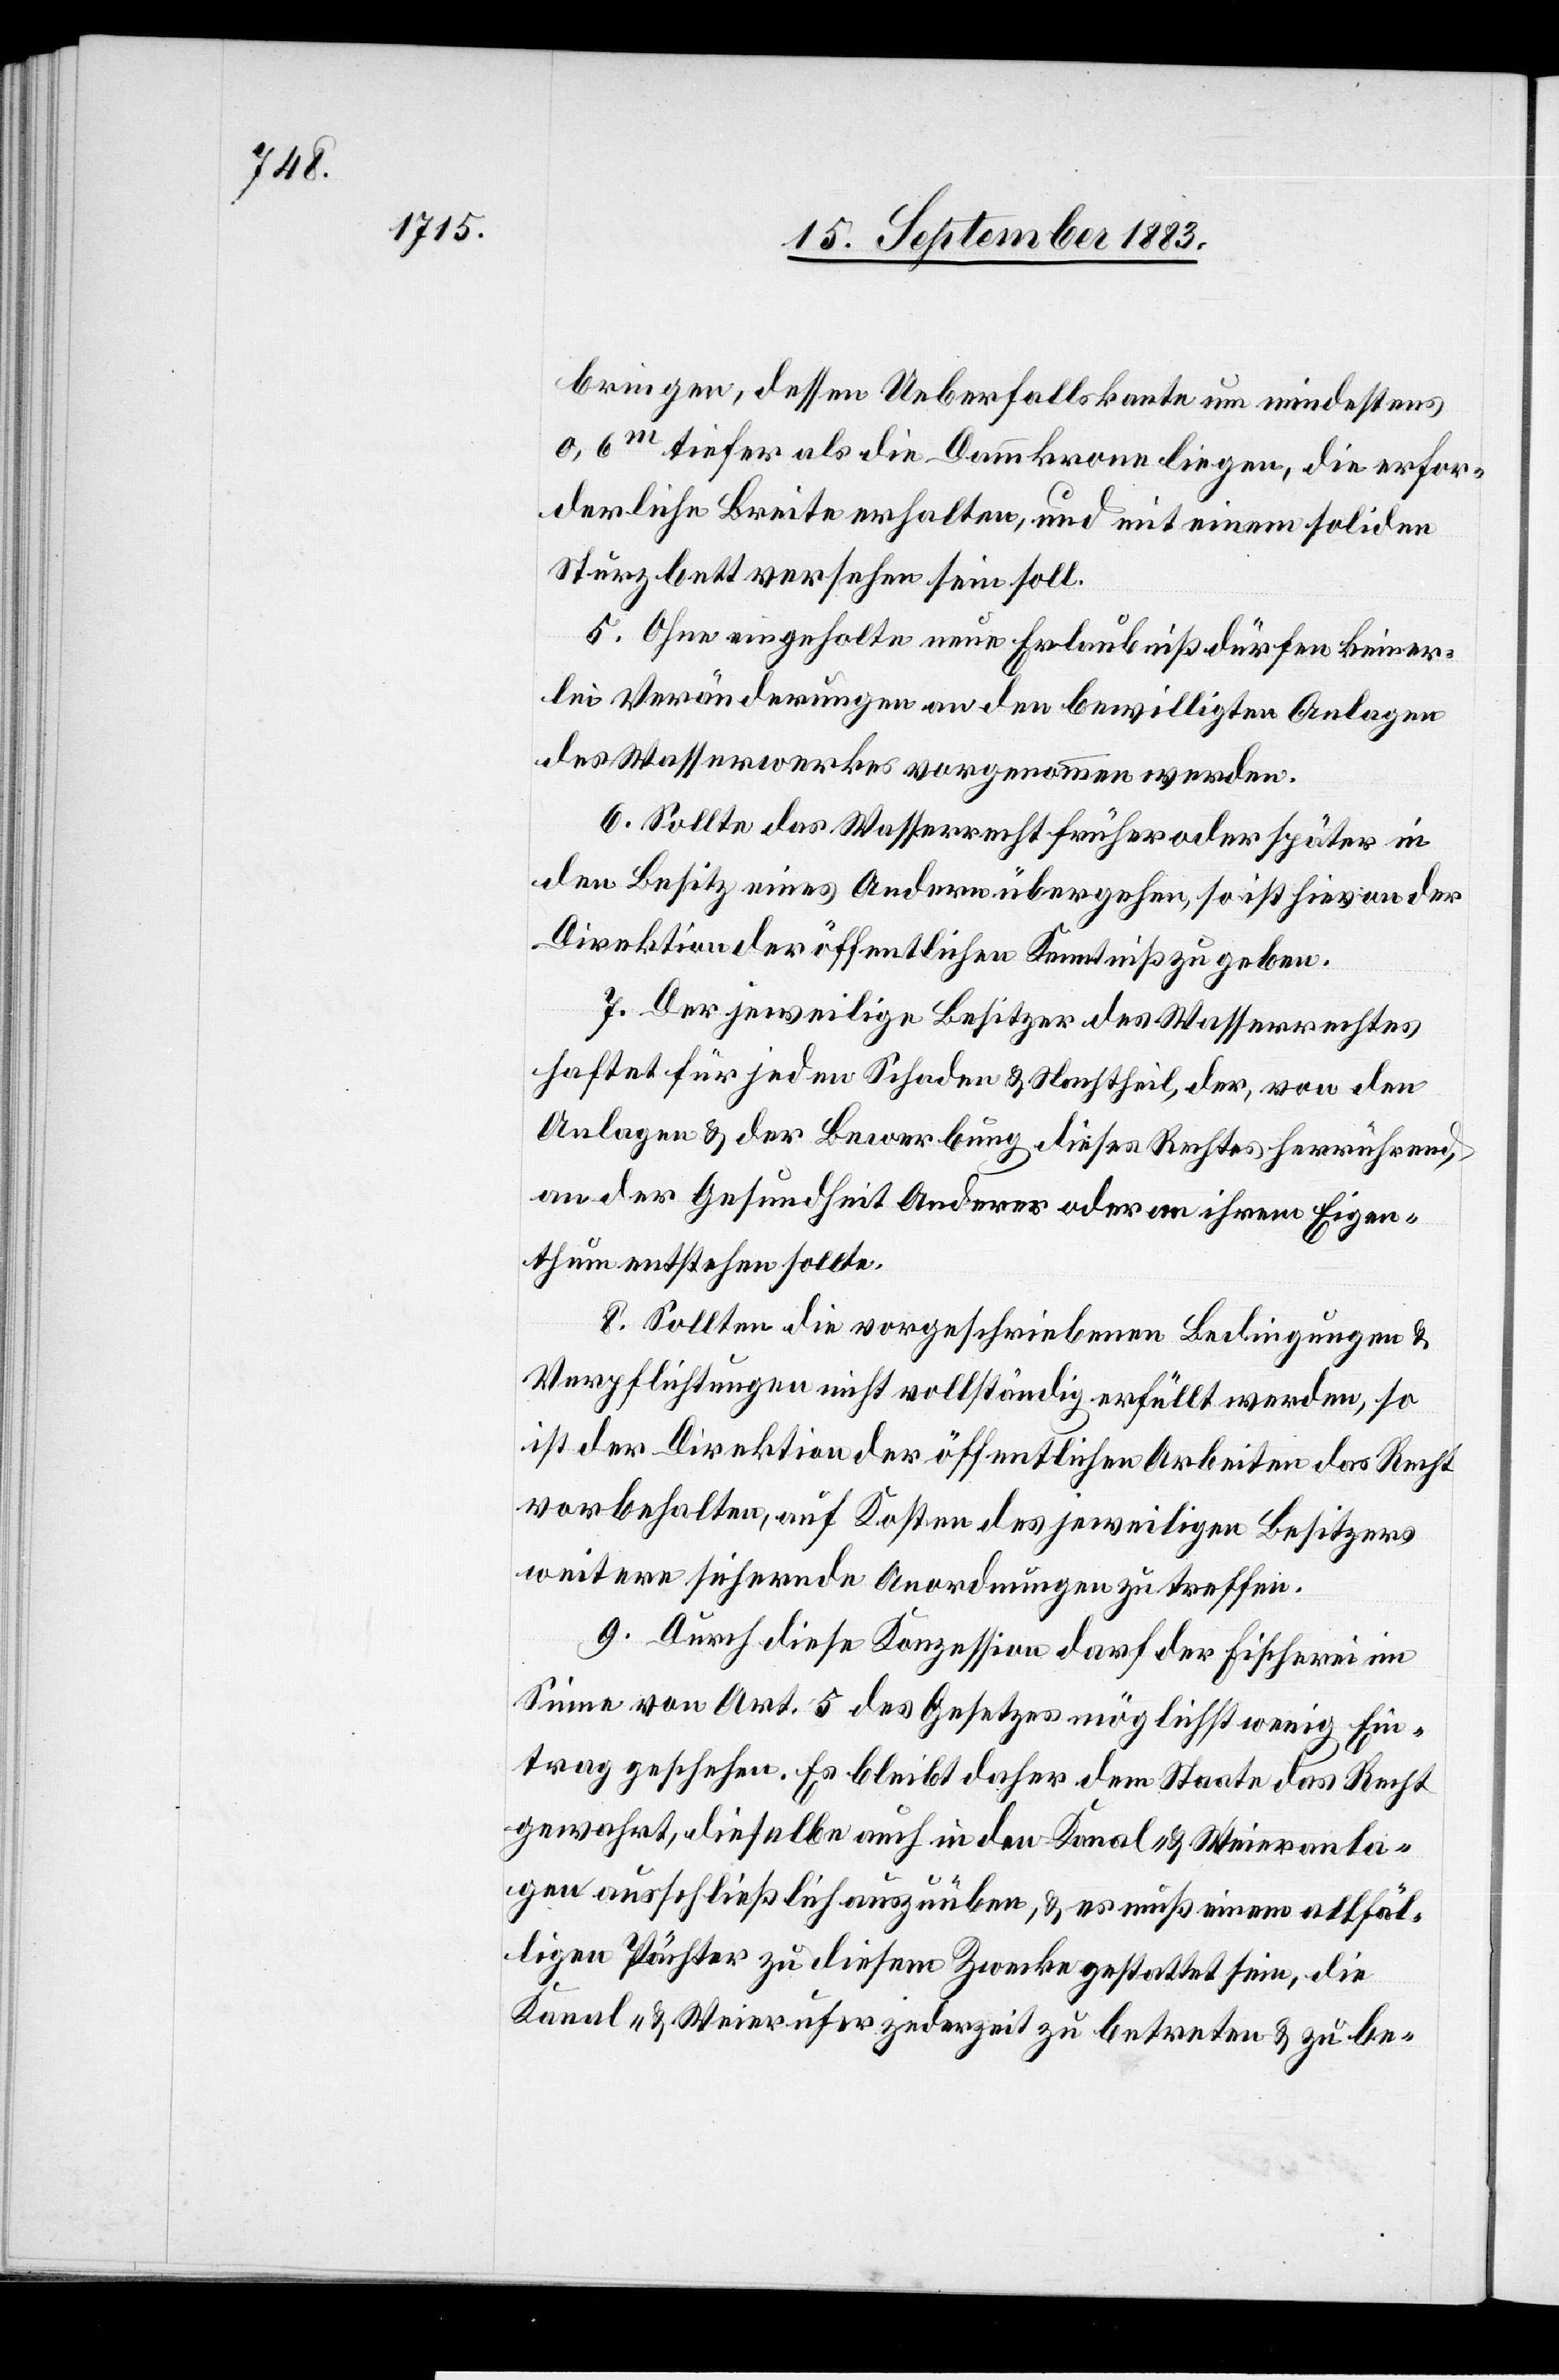
treten

bringen, dessen Ueberfallskante um mindestens
0,6m tiefer als die Dammkrone liegen, die erfor¬
derliche Breite erhalten, und mit einem soliden
Sturzbett versehen sein soll.
5. Ohne eingeholte neue Erlaubniß dürfen keiner¬
lei Veränderungen an den bewilligten Anlagen
des Wasserwerkes vorgenommen werden.
6. Sollte das Wasserrecht früher oder später in
den Besitz eines Andern übergehen, so ist hievon der
Direktion der öffentlichen Arbeiten Kenntniß zu geben.
7. Der jeweilige Besitzer des Wasserrechtes
haftet für jeden Schaden & Nachtheil, der, von den
Anlagen & der Bewerbung dieses Rechtes herrührend,
an der Gesundheit Anderer oder an ihrem Eigen¬
thum entstehen sollte.
8. Sollten die vorgeschriebenen Bedingungen &
Verpflichtungen nicht vollständig erfüllt werden, so
ist der Direktion der öffentlichen Arbeiten das Recht
vorbehalten, auf Kosten des jeweiligen Besitzers
weitere sichernde Anordnungen zu treffen.
9. Durch diese Konzession darf der Fischerei im
Sinne von Art. 5 des Gesetzes möglichst wenig Ein¬
trag geschehen. Es bleibt daher dem Staate das Recht
älligen Pächter zu diesem Zwecke gestattet sein, die
Kanal- & Weierufer zedezeit [recte: jederzeit] zu be¬